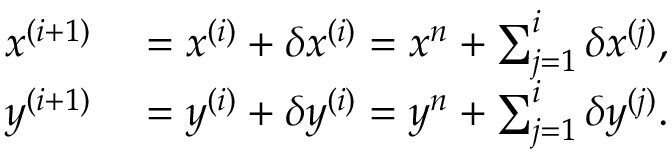
\begin{array} { r l } { \boldsymbol { x } ^ { ( i + 1 ) } } & { { } = \boldsymbol { x } ^ { ( i ) } + \delta \boldsymbol { x } ^ { ( i ) } = \boldsymbol { x } ^ { n } + \sum _ { j = 1 } ^ { i } \delta \boldsymbol { x } ^ { ( j ) } , } \\ { \boldsymbol { y } ^ { ( i + 1 ) } } & { { } = \boldsymbol { y } ^ { ( i ) } + \delta \boldsymbol { y } ^ { ( i ) } = \boldsymbol { y } ^ { n } + \sum _ { j = 1 } ^ { i } \delta \boldsymbol { y } ^ { ( j ) } . } \end{array}